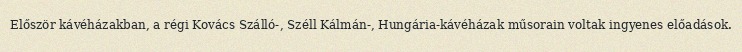
Először kávéházakban, a régi Kovács Szálló-, Széll Kálmán-, Hungária-kávéházak műsorain voltak ingyenes előadások.